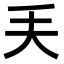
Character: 𠂕